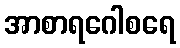
အာစာရဂေါစရေ